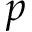
p